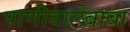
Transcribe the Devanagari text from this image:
पाणीवालेबाबा